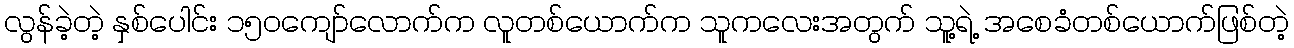
လွန်ခဲ့တဲ့ နှစ်ပေါင်း ၁၅၀ကျော်လောက်က လူတစ်ယောက်က သူကလေးအတွက် သူ့ရဲ့ အစေခံတစ်ယောက်ဖြစ်တဲ့